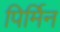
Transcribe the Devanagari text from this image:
पिर्मिन